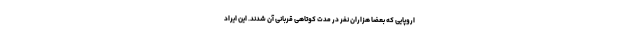
اروپایی که بعضاً هزاران نفر در مدت کوتاهی قربانی آن شدند. این ایراد